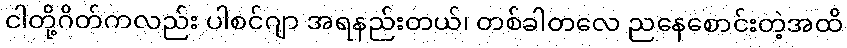
ငါတို့ဂိတ်ကလည်း ပါစင်ဂျာ အရနည်းတယ်၊ တစ်ခါတလေ ညနေစောင်းတဲ့အထိ